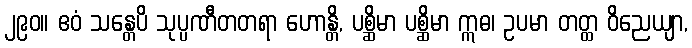
၂၉၀။ ဧဝံ သန္တေပိ သုပ္ပဏီတတရာ ဟောန္တိ, ပစ္ဆိမာ ပစ္ဆိမာ ဣဓ၊ ဥပမာ တတ္ထ ဝိညေယျာ,